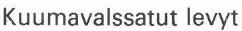
Kuumavalssatut levyt